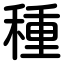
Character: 種